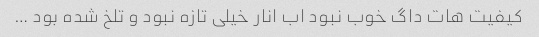
کیفیت هات داگ خوب نبود اب انار خیلی تازه نبود و تلخ شده بود …